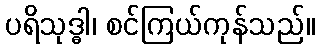
ပရိသုဒ္ဓါ၊ စင်ကြယ်ကုန်သည်။